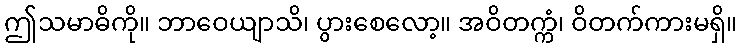
ဤသမာဓိကို။ ဘာဝေယျာသိ၊ ပွားစေလော့။ အဝိတက္ကံ၊ ဝိတက်ကားမရှိ။